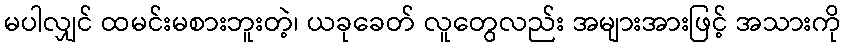
မပါလျှင် ထမင်းမစားဘူးတဲ့၊ ယခုခေတ် လူတွေလည်း အများအားဖြင့် အသားကို